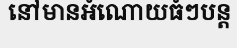
នៅមានអំណោយធំៗបន្ត